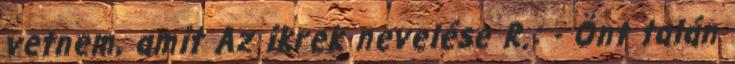
vetnem, amit Az ikrek nevelése R.: - Önt talán